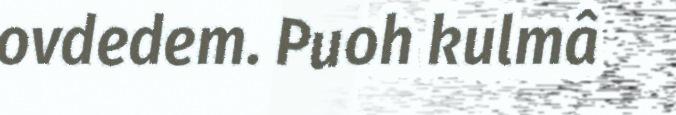
ovdedem. Puoh kulmâ